Scientific memoirs by medical officers of the Army of India - Part IV,
Year: 1889
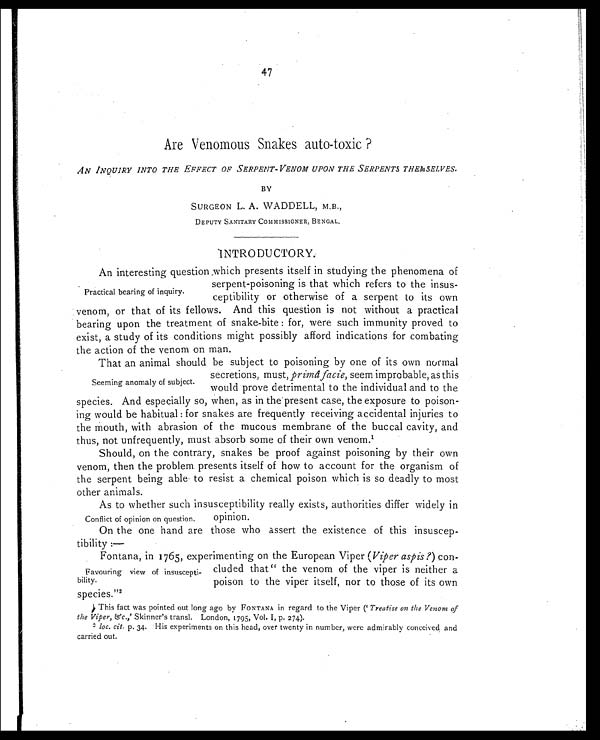
47
Are Venomous Snakes auto-toxic?
AN INQUIRY INTO THE EFFECT OF SERPENT-VENOM UPON THE SERPENTS THEMSELVE
S.
BY
SURGEON L. A. WADDELL, M.B.,
DEPUTY SANITARY COMMISSIONER, BENGAL.
INTRODUCTORY.
An interesting question which presents itself in studying the phenomena of
serpent-poisoning is that which refers to the insus-
ceptibility or otherwise of a serpent to its own
venom, or that of its fellows. And this question is not without a practical
bearing upon the treatment of snake-bite: for, were such immunity proved to
exist, a study of its conditions might possibly afford indications for combating
the action of the venom on man.
That an animal should be subject to poisoning by one of its own normal
secretions, must, primâ facie, seem improbable, as this
would prove detrimental to the individual and to the
species. And especially so, when, as in the present case, the exposure to poison-
ing would be habitual: for snakes are frequently receiving accidental injuries to
the mouth, with abrasion of the mucous membrane of the buccal cavity, and
thus, not unfrequently, must absorb some of their own venom.1
Should, on the contrary, snakes be proof against poisoning by their own
venom, then the problem presents itself of how to account for the organism of
the serpent being able to resist a chemical poison which is so deadly to most
other animals.
As to whether such insusceptibility really exists, authorities differ widely in
opinion.
On the one hand are those who assert the existence of this insuscep-
tibility
: —
Fontana, in 1765, experimenting on the European Viper ( Viper aspis?) con-
cluded that "the venom of the viper is neither a
poison to the viper itself, nor to those of its own
species."2
1 This fact was pointed out long ago by FONTANA in regard to the Viper (' Treatise on the Venom of
the Viper, &c.,' Skinner's transl. London, 1795, Vol. 1, p. 274).
2 loc. cit. p. 34. His experiments on this head, over twenty in number, were admirably conceived and
carried out.
Practical bearing of inquiry.
Seeming anomaly of subject.
Conflict of opinion on question.
Favouring view of insuscepti-
bility.